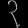
Digit: ၃